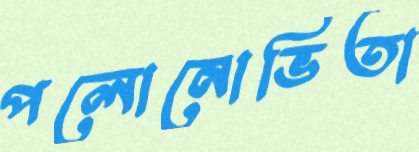
পলোনোভিতা